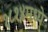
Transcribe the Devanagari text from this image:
१८१४मध्ये